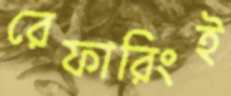
রেফারিংই